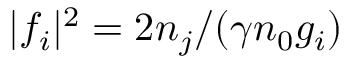
\lvert f _ { i } \rvert ^ { 2 } = 2 n _ { j } / ( \gamma n _ { 0 } g _ { i } )